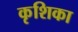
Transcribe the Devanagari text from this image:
कृशिका